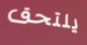
يلتحق